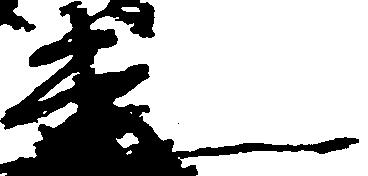
連